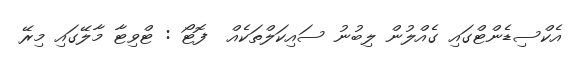
އެކްސިޑެންޓްގައި ގެއްލުން ލިބުނު ސައިކަލްތަކެއް  ފޮޓޯ : ޓްވިޓާ މާލޭގައި މިރޭ